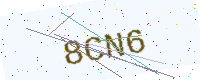
Text: 8CN6